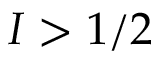
I > 1 / 2